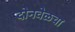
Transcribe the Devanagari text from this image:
दोनवेळचा